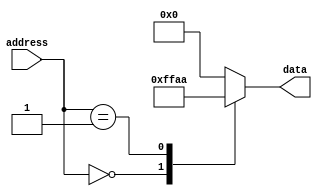
module ROM (
  input [ADDRESS_BITS-1:0] address,
  output reg [DATA_BITS-1:0] data
);

 parameter ADDRESS_BITS = 8; // Number of address bits
 parameter DATA_BITS = 8; // Number of data bits

 // Define the ROM data values
 parameter INITIAL_MEM0_DATA = 8'hFF;
 parameter INITIAL_MEM1_DATA = 8'hAA;
 // Add more initial memory data values for additional memory blocks if needed

 reg [DATA_BITS-1:0] mem0_data;
 reg [DATA_BITS-1:0] mem1_data;
 // Define more memory blocks using additional reg variables for data storage

 // Initialize the memory data values
 initial begin
   mem0_data = INITIAL_MEM0_DATA;
   mem1_data = INITIAL_MEM1_DATA;
   // Initialize additional memory block data values if needed
 end

 // Address decoder selects the appropriate memory block based on the input address
 always @(*) begin
   case(address)
     8'h00: data = mem0_data;
     8'h01: data = mem1_data;
     // Add more cases for additional memory blocks if needed
     default: data = 8'h00; // Default data value if address does not match any memory block
   endcase
 end

endmodule